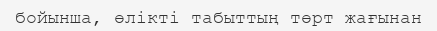
бойынша, өлікті табыттың төрт жағынан